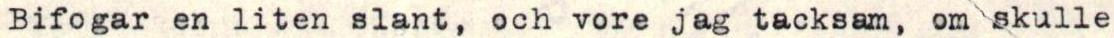
Bifogar en liten slant, och vore jag tacksam, om skulle